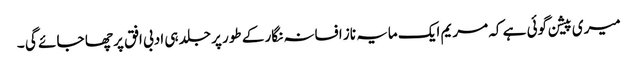
میری پیشن گوئی ہے کہ مریم ایک مایہ ناز افسانہ نگار کے طور پر جلد ہی ادبی افق پر چھا جا ئے گی ۔